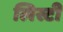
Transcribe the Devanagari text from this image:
लिस्टी